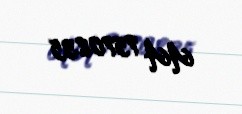
AA 7570835